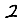
Digit: 2